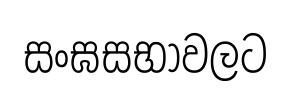
සංඝසභාවලට